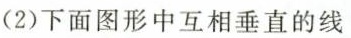
(2)下面图形中互相垂直的线